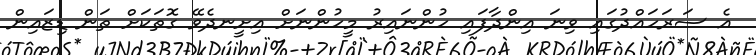
އެ ސަރަހައްދުގައި ވިނަ އިންދާފައި ހުންނައިރު މީހުންނަށް އިށީނދެވޭ ގޮތަކަށް ތަން ޑިޒައިން